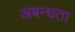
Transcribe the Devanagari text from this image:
अबन्धता